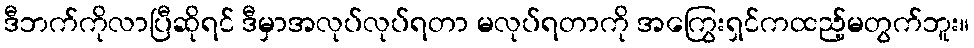
ဒီဘက်ကိုလာပြီဆိုရင် ဒီမှာအလုပ်လုပ်ရတာ မလုပ်ရတာကို အကြွေးရှင်ကထည့်မတွက်ဘူး။